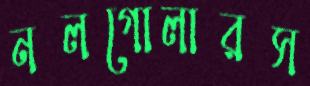
নলগোলারস